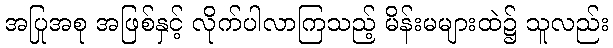
အပြုအစု အဖြစ်နှင့် လိုက်ပါလာကြသည့် မိန်းမများထဲ၌ သူလည်း